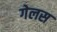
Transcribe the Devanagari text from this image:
गेलस